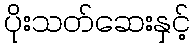
ပိုးသတ်ဆေးနှင့်